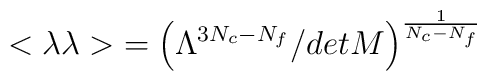
{<\lambda \lambda>}= \left( \Lambda^{3N_c-N_f}/det M \right)^{1 \over N_c - N_f}